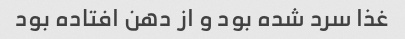
غذا سرد شده بود و از دهن افتاده بود